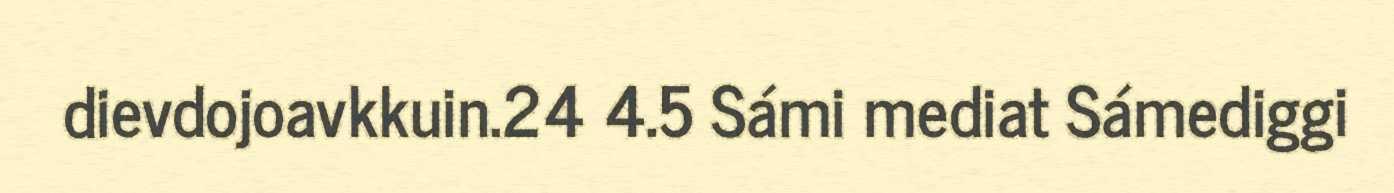
dievdojoavkkuin.24 4.5 Sámi mediat Sámediggi